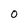
Character: o